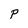
Character: P